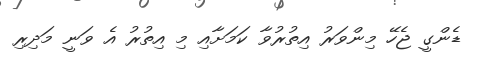
ޑެންގީ ޖެހޭ މިންވަރު އިތުރުވާ ކަމަށާއި މި އިތުރު އެ ވަނީ މަދިރި